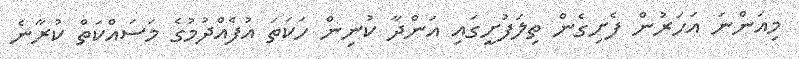
މިއަންނަ އަހަރުން ފެށިގެން ތިލަފުށީގައި އަންދާ ކުނިން ހަކަތަ އުފެއްދުމުގެ މަސައްކަތް ކުރާނެ